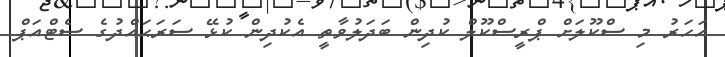
އަހަރު މި ސްކޫލަށް ޕްރީސްކޫލް ކުދިން ބަދަލުވާތީ އެކުދިން ކުޅޭ ސަރަޙައްދުގެ ސެޓްއަޕް